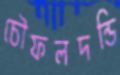
চৌফলদন্ডি